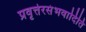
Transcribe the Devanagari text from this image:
प्रवृत्तेरसंभवादिति